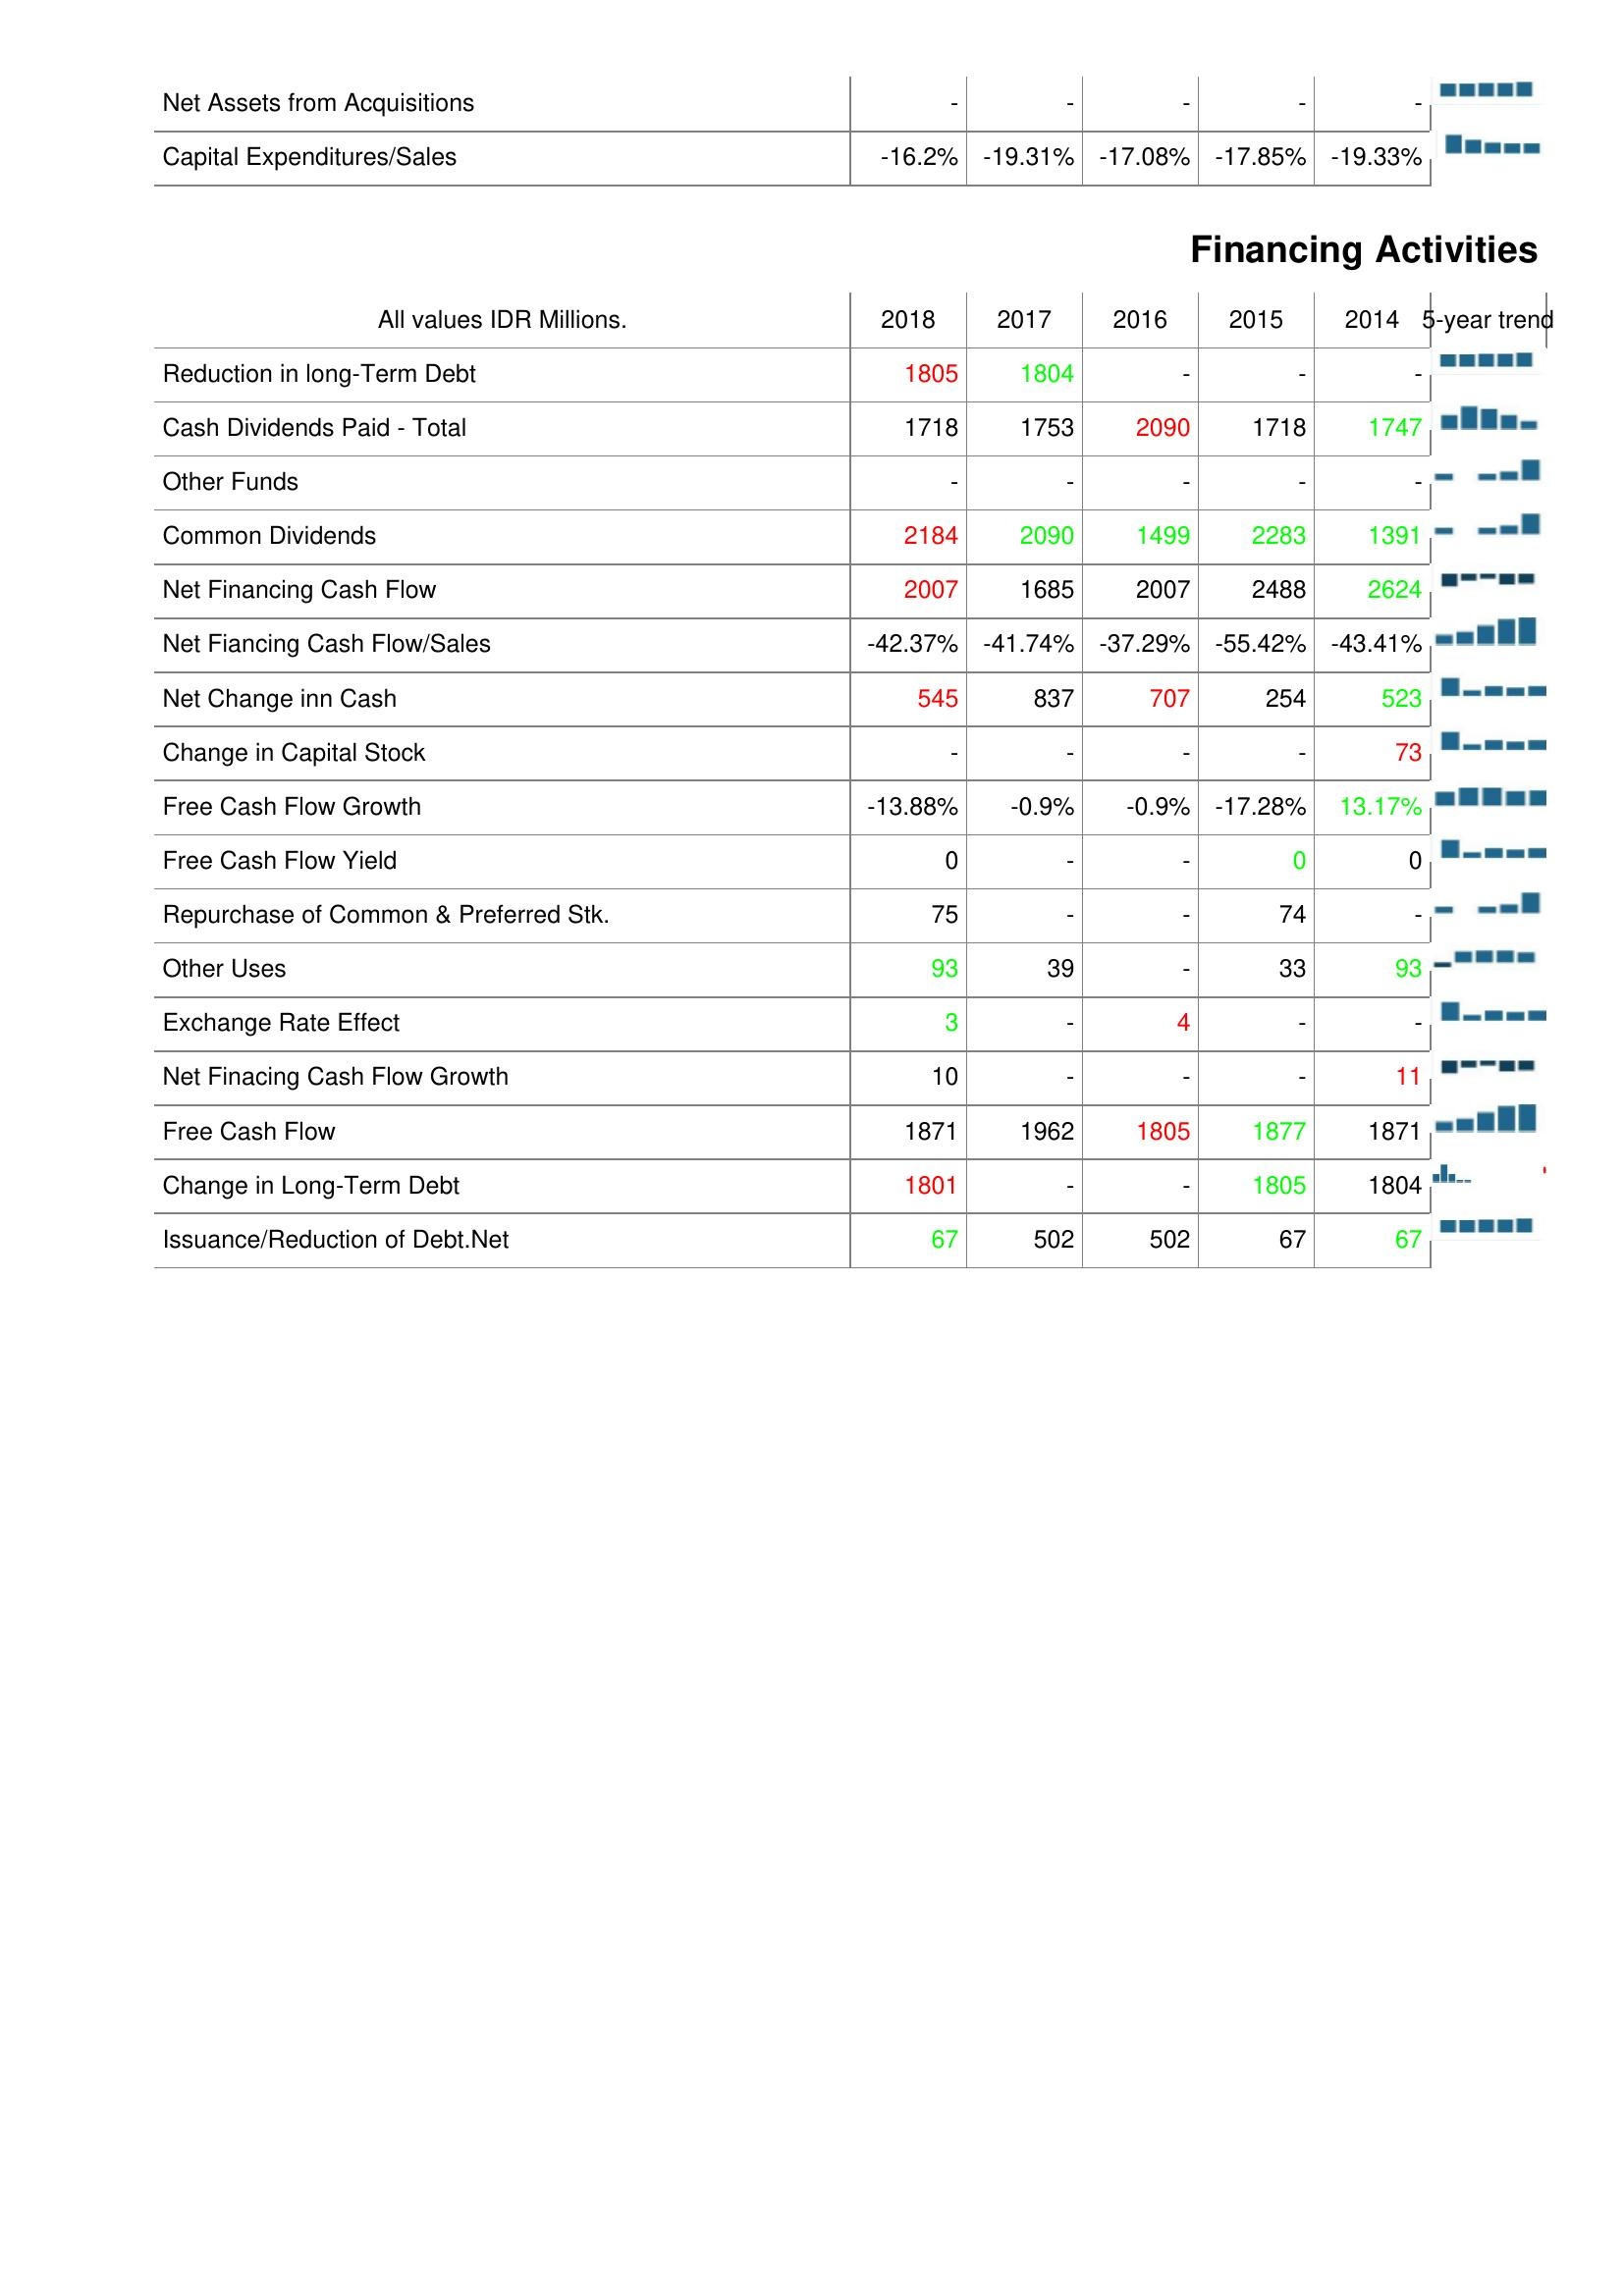
2018: Investing Activities: Net Assets from Acquisitions: -
Capital Expenditures/Sales: -16.2%
Financing Activities: Reduction in long-Term Debt: 1805
Cash Dividends Paid - Total: 1718
Other Funds: -
Common Dividends: 2184
Net Financing Cash Flow: 2007
Net Fiancing Cash Flow/Sales: -42.37%
Net Change inn Cash: 545
Change in Capital Stock: -
Free Cash Flow Growth: -13.88%
Free Cash Flow Yield: 0
Repurchase of Common & Preferred Stk.: 75
Other Uses: 93
Exchange Rate Effect: 3
Net Finacing Cash Flow Growth: 10
Free Cash Flow: 1871
Change in Long-Term Debt: 1801
Issuance/Reduction of Debt.Net: 67
2017: Investing Activities: Net Assets from Acquisitions: -
Capital Expenditures/Sales: -19.31%
Financing Activities: Reduction in long-Term Debt: 1804
Cash Dividends Paid - Total: 1753
Other Funds: -
Common Dividends: 2090
Net Financing Cash Flow: 1685
Net Fiancing Cash Flow/Sales: -41.74%
Net Change inn Cash: 837
Change in Capital Stock: -
Free Cash Flow Growth: -0.9%
Free Cash Flow Yield: -
Repurchase of Common & Preferred Stk.: -
Other Uses: 39
Exchange Rate Effect: -
Net Finacing Cash Flow Growth: -
Free Cash Flow: 1962
Change in Long-Term Debt: -
Issuance/Reduction of Debt.Net: 502
2016: Investing Activities: Net Assets from Acquisitions: -
Capital Expenditures/Sales: -17.08%
Financing Activities: Reduction in long-Term Debt: -
Cash Dividends Paid - Total: 2090
Other Funds: -
Common Dividends: 1499
Net Financing Cash Flow: 2007
Net Fiancing Cash Flow/Sales: -37.29%
Net Change inn Cash: 707
Change in Capital Stock: -
Free Cash Flow Growth: -0.9%
Free Cash Flow Yield: -
Repurchase of Common & Preferred Stk.: -
Other Uses: -
Exchange Rate Effect: 4
Net Finacing Cash Flow Growth: -
Free Cash Flow: 1805
Change in Long-Term Debt: -
Issuance/Reduction of Debt.Net: 502
2015: Investing Activities: Net Assets from Acquisitions: -
Capital Expenditures/Sales: -17.85%
Financing Activities: Reduction in long-Term Debt: -
Cash Dividends Paid - Total: 1718
Other Funds: -
Common Dividends: 2283
Net Financing Cash Flow: 2488
Net Fiancing Cash Flow/Sales: -55.42%
Net Change inn Cash: 254
Change in Capital Stock: -
Free Cash Flow Growth: -17.28%
Free Cash Flow Yield: 0
Repurchase of Common & Preferred Stk.: 74
Other Uses: 33
Exchange Rate Effect: -
Net Finacing Cash Flow Growth: -
Free Cash Flow: 1877
Change in Long-Term Debt: 1805
Issuance/Reduction of Debt.Net: 67
2014: Investing Activities: Net Assets from Acquisitions: -
Capital Expenditures/Sales: -19.33%
Financing Activities: Reduction in long-Term Debt: -
Cash Dividends Paid - Total: 1747
Other Funds: -
Common Dividends: 1391
Net Financing Cash Flow: 2624
Net Fiancing Cash Flow/Sales: -43.41%
Net Change inn Cash: 523
Change in Capital Stock: 73
Free Cash Flow Growth: 13.17%
Free Cash Flow Yield: 0
Repurchase of Common & Preferred Stk.: -
Other Uses: 93
Exchange Rate Effect: -
Net Finacing Cash Flow Growth: 11
Free Cash Flow: 1871
Change in Long-Term Debt: 1804
Issuance/Reduction of Debt.Net: 67